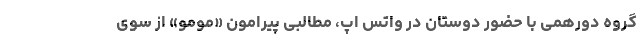
گروه دورهمی با حضور دوستان در واتس اپ، مطالبی پیرامون «مومو» از سوی